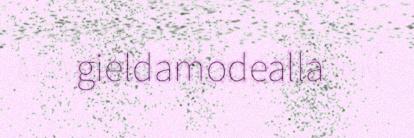
gieldamodealla